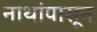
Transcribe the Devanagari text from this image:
नाथांपासून